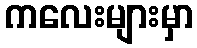
ကလေးများမှာ